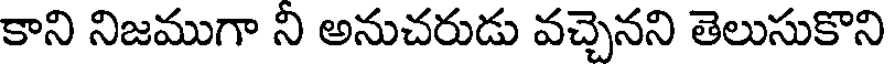
కాని నిజముగా ని అనుచరుడు వచ్చెనని తెలుసుకొని